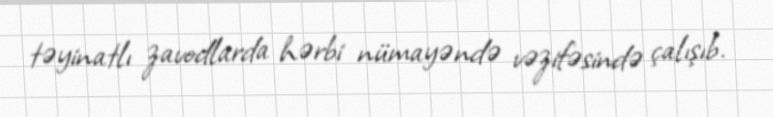
təyinatlı zavodlarda hərbi nümayəndə vəzifəsində çalışıb.